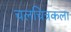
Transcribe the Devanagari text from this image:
चलचित्रकला